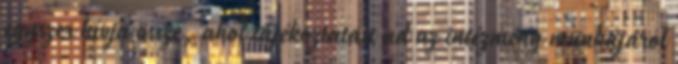
egyszer hívja össze, ahol tájékoztatást ad az intézmény munkájáról